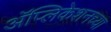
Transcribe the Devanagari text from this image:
अॅप्लिकेशनच्या